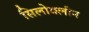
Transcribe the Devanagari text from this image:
सिलोक्लीन